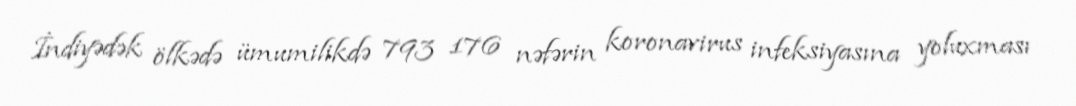
İndiyədək ölkədə ümumilikdə 793 176 nəfərin koronavirus infeksiyasına yoluxması